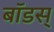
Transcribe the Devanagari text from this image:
बॉडस्